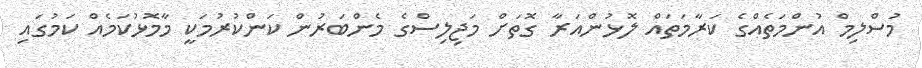
މުސްލިމް އުންމަތެއްގެ ކަރާމަތައް ލޮޅުންއަރާ ގޮތަށް މަޖިލިސްގެ މެންބަރުން ކަންކުރުމަކީ މާމޮޅުކަމެއް ކަމުގައި